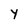
Character: Y